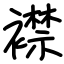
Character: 襟